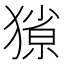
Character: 𭸥